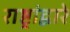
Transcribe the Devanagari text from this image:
राष्ट्रांद्वारे